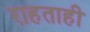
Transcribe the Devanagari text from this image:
राहताही